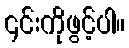
၎င်းကိုဖွင့်ပါ။